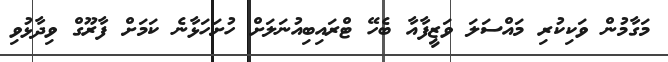
މަގާމުން ވަކިކުރި މައްސަލަ ވަޒީފާއާ ބެހޭ ޓްރައިބިއުނަލަށް ހުށަހަޅާނެ ކަމަށް ފާރޫގް ވިދާޅުވި